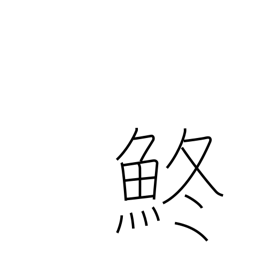
Meaning: gizzard shad